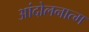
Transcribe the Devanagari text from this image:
आंदोलनात्म